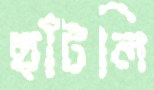
ছাঁটলি